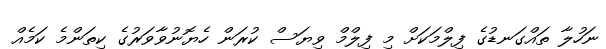
ނަހުލާ ތައްގަނޑުގެ ފިލްމަކަށް މި ފިލްމް ވިޔަސް ކުރަން ހެޔޮނުވާވަރުގެ ކިތަންމެ ކަމެއް